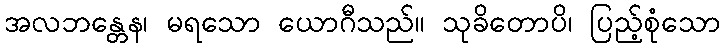
အလဘန္တေန၊ မရသော ယောဂီသည်။ သုခိတောပိ၊ ပြည့်စုံသော